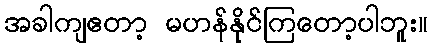
အခါကျဧတာ့ မဟန်နိုင်ကြတော့ပါဘူး။